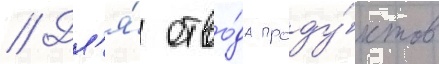
// Дл'я́ отво́да проду́ктов